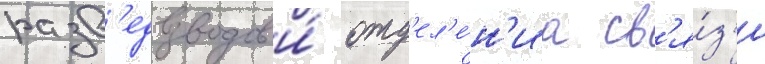
разв'едвзводов и́ отд'ел'е́н'иа св'я́з'и